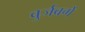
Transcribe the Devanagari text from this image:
वुर्जवर्गे